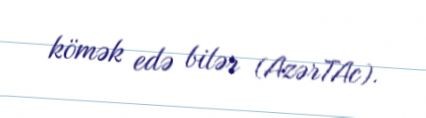
kömək edə bilər (AzərTAc).